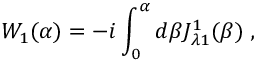
W _ { 1 } ( \alpha ) = - i \int _ { 0 } ^ { \alpha } d \beta J _ { \lambda 1 } ^ { 1 } ( \beta ) \; ,